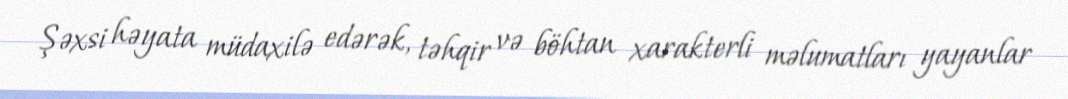
Şəxsi həyata müdaxilə edərək, təhqir və böhtan xarakterli məlumatları yayanlar